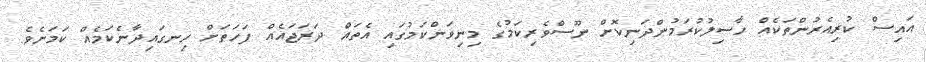
އައިސް ކުރިއެރުންތަކެއް ހާސިލުކުރަމުންދަނިކޮށް ނޫސްވެރިކަމުގެ މިނިވަންކަމުގައި އެތައް ދަރަޖައެއް ފަހަތަށް ހިނގައިދާނެކަމެއް ކަމަށެވެ.